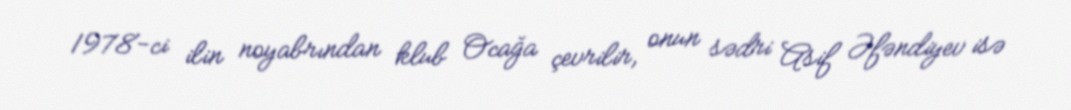
1978-ci ilin noyabrından klub Ocağa çevrilir, onun sədri Asif Əfəndiyev isə